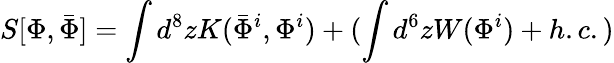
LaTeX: S[\Phi,\bar{\Phi}]=\int d^{8}zK(\bar{\Phi}^{i},\Phi^{i})+(\int d^{6}zW(\Phi^{i})+h.c.)